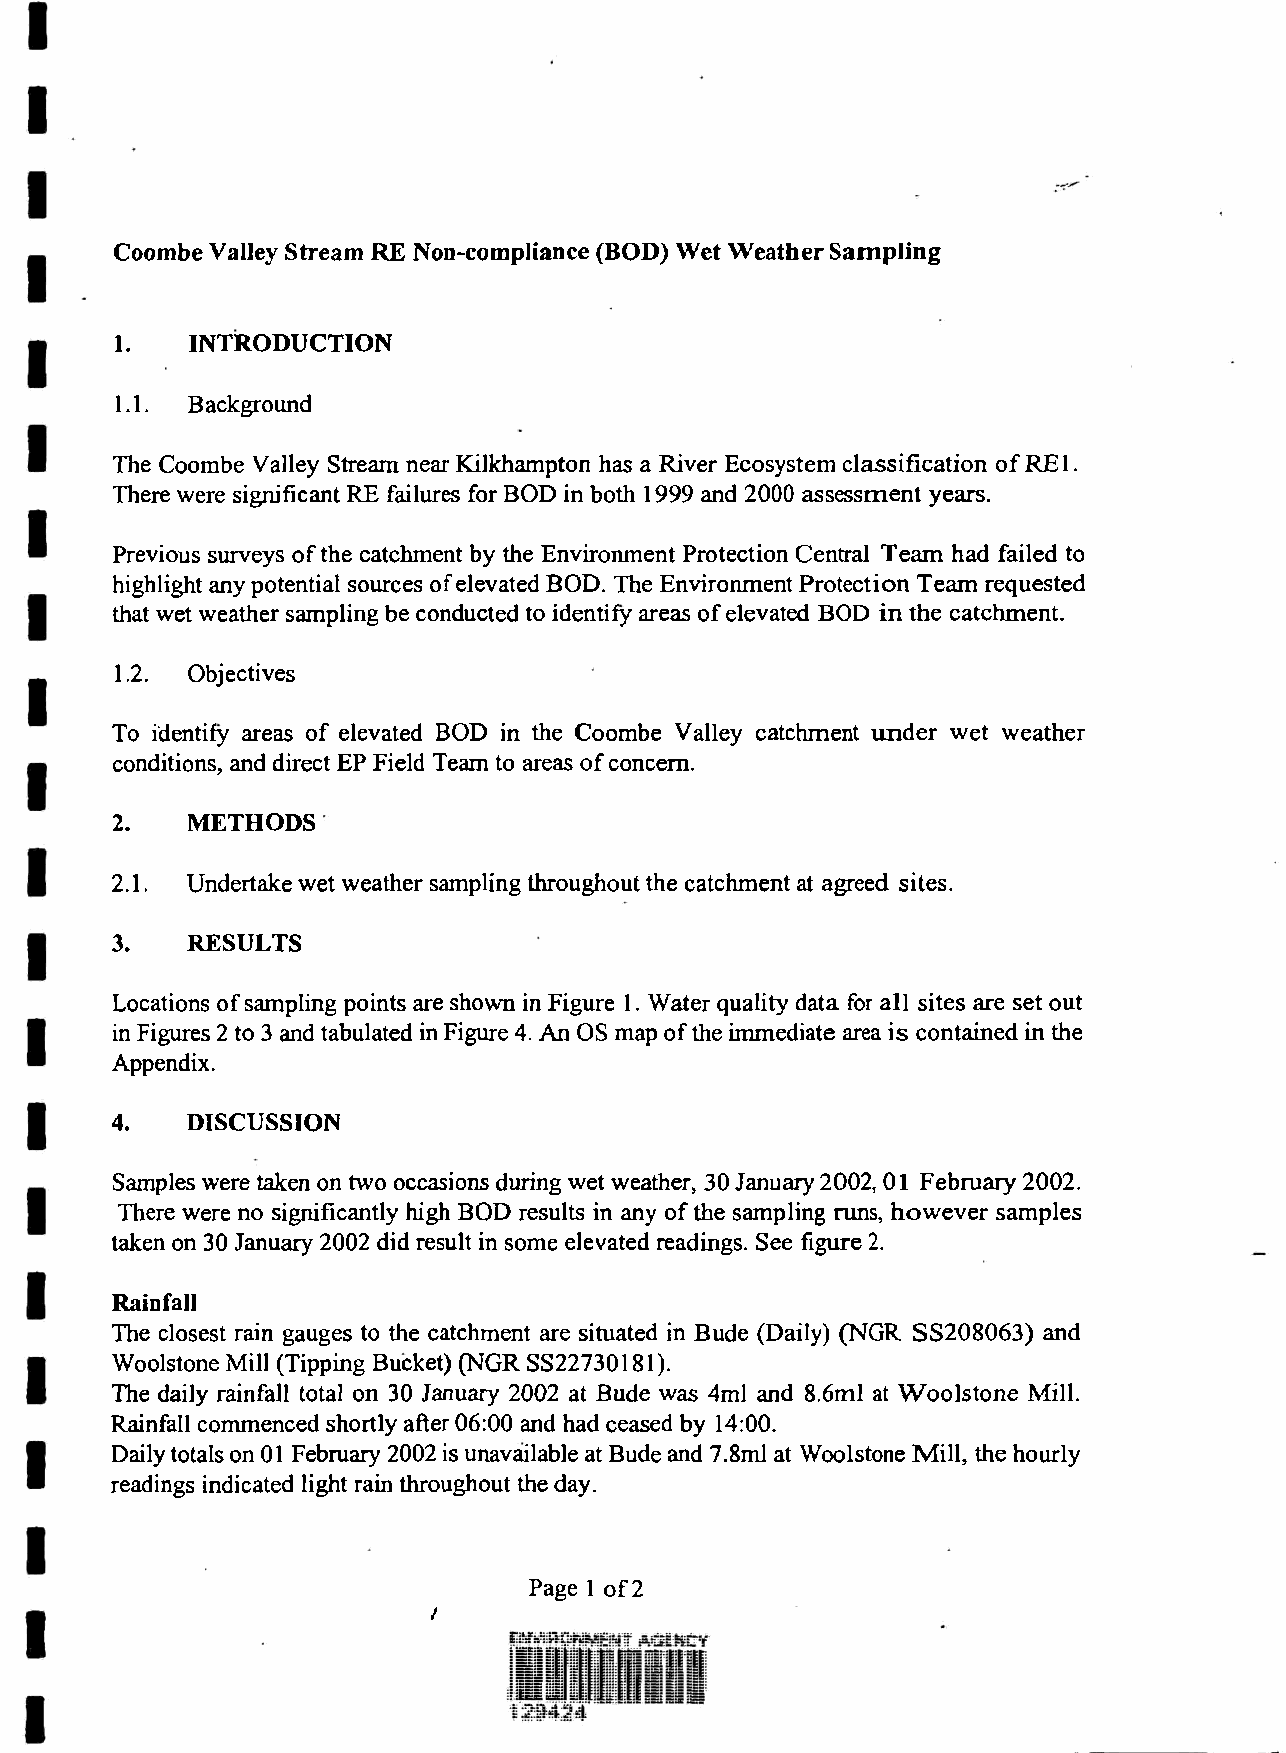
Coombe Valley Stream RE Non-compliance (BOD) Wet Weather Sampling
 1.   INTRODUCTION
 1.1. Background
 The Coombe Valley Stream near Kilkhampton has a River Ecosystem classification of RJB1.
 There were significant RE failures for BOD in both 1999 and 2000 assessment years.
 Previous surveys of the catchment by the Environment Protection Central Team had failed to
 highlight any potential sources of elevated BOD. The Environment Protection Team requested
 that wet weather sampling be conducted to identify areas of elevated BOD in the catchment.
 1.2. Objectives
 To identify areas of elevated BOD in the Coombe Valley catchment under wet weather
 conditions, and direct EP Field Team to areas of concern.
 2.   METHODS
 2.1. Undertake wet weather sampling throughout the catchment at agreed sites.
 3.   RESULTS
 Locations of sampling points are shown in Figure 1. Water quality data for all sites are set out
 in Figures 2 to 3 and tabulated in Figure 4. An OS map of the immediate area is contained in the
 Appendix.
 4.   DISCUSSION
 Samples were taken on two occasions during wet weather, 30 January 2002, 01 February 2002.
 There were no significantly high BOD results in any of the sampling runs, however samples
 taken on 30 January 2002 did result in some elevated readings. See figure 2.
 Rainfall
 The closest rain gauges to the catchment are situated in Bude (Daily) (NGR SS208063) and
 Woolstone Mill (Tipping Bucket) (NGR SS22730181).
 The daily rainfall total on 30 January 2002 at Bude was 4ml and 8.6ml at Woolstone Mill.
 Rainfall commenced shortly after 06:00 and had ceased by 14:00.
 Daily totals on 01 February 2002 is unavailable at Bude and 7.8ml at Woolstone Mill, the hourly
 readings indicated light rain throughout the day.
 Page 1 of2
 /